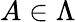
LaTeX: A\in\Lambda